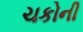
ચકોની